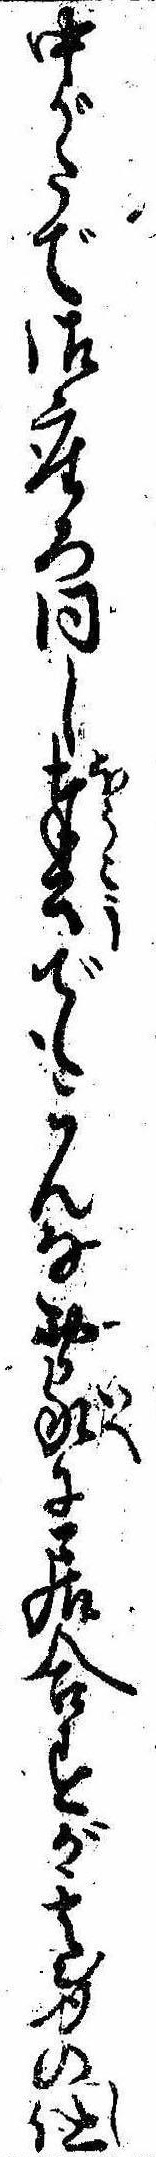
中がたで御座ろ同し奉公でもこんなお家に居合すが其身の仕